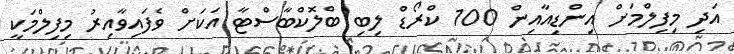
އަދި މިފިލްމަށް އިންޑިއާއިން 100 ކްރޯޑް ލިބި ބްލޮކްބާސްޓާ އަކަށް ވެފައިވާއިރު މިފިލްމަކީ